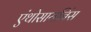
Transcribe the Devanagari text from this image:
एंथोसायनिंस